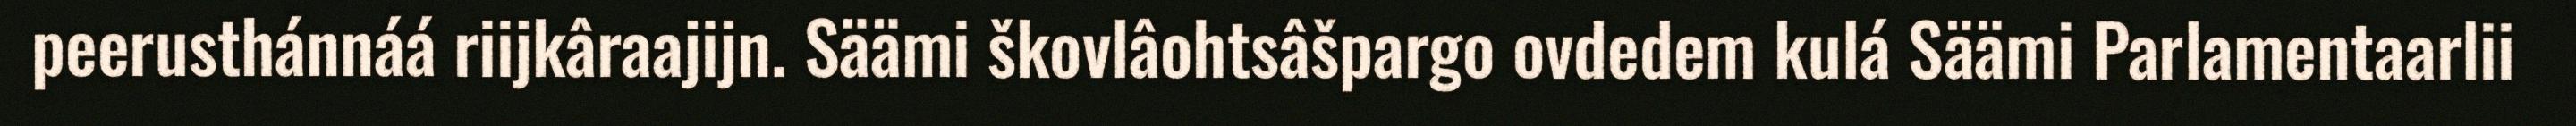
peerusthánnáá riijkâraajijn. Säämi škovlâohtsâšpargo ovdedem kulá Säämi Parlamentaarlii